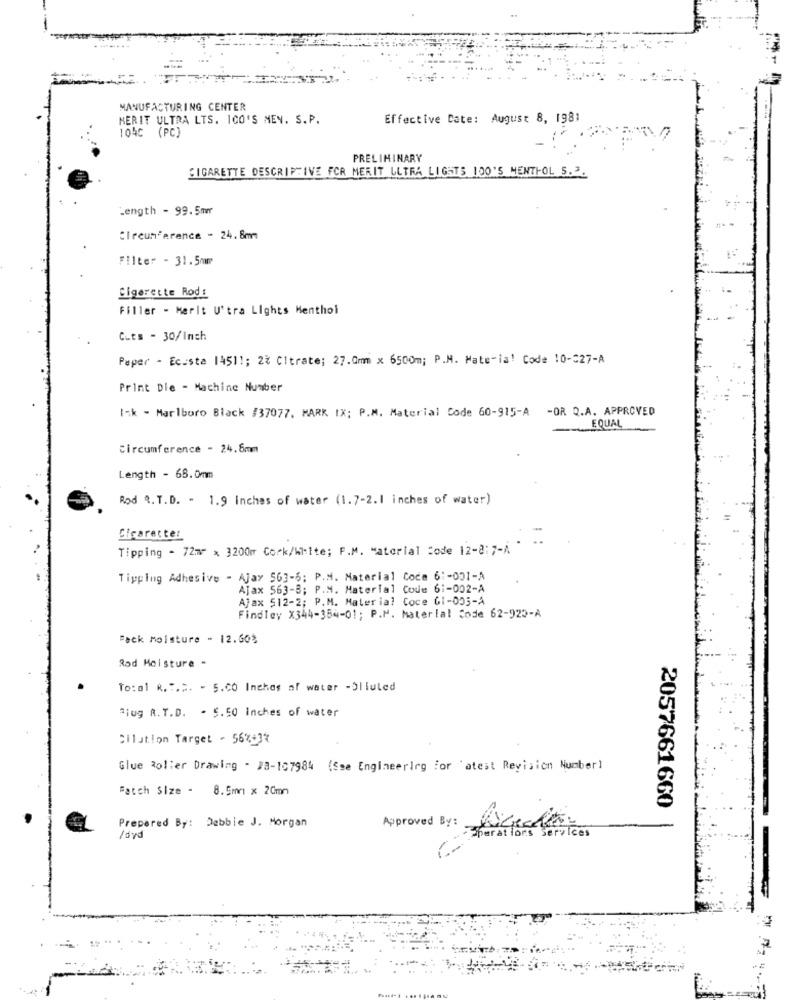
MANUFACTURING CENTER
HERIT ULTRA LTS. ICO'S MEN. S.P.
Effective Date: August 8, 1981
104C (PC)
PRELIMINARY
CIGARETTE DESCRIPTIVE FCA MERIT ULTRA LIGHTS 100'S MENTHOL S.2.
Length - 99. 5mm
:Treum'erence - 24.8mm
Filter - 31.5mm
Sigarette Rods
Filler - Merit U'tra Lights Menthol
Cuts - 30/Inch
Paper - Ecsta 14511; 2% Citrate; 27.0m x 6500m; P.M. Mate-is! Code 10-327-A
Print Die - Machine Number
Ink - Marlboro Black /37077. MARK IX; P.M. Material Code 60-915-A -OR Q.A. APPROVED
EQUAL
circumference - 24.6mm
Length - 68.0mm
Rod Q. T.D. - 1.9 inches of water (1.7-2.1 inches of water)
Cigaretter
Tipping - 72m x 3200m Cork/White; F.M. Material Code 12-@:7-A "
Tipping Adhesive - Ajay 563-5: P.M. Material Code 61-001-A
Ajax 563-3; P.M. Material Code 6 :- 002-A
Ajax 512-2; P.M. Material Coce GI-005-A
FindTey X344-354-01; P.M. Material Code 62-923-A
Back moisture - 12.60%
Rad Moisture -
To:al k. " ... - 5.CO Inches of water -Olluled
Flug R.T.D. - 5.50 inches of water
Citation Target - 567932
Glue Roller Drawing - Ja-107984 (Sse Engineering for atest Revision Number)
Batch Size - 8.5mm x 20mm
2057661660
Approved By:
Prepared By: Debbie J. Morgan
/dvd
perations services